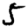
Digit: 5